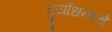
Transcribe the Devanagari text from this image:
दुर्योधनाचे